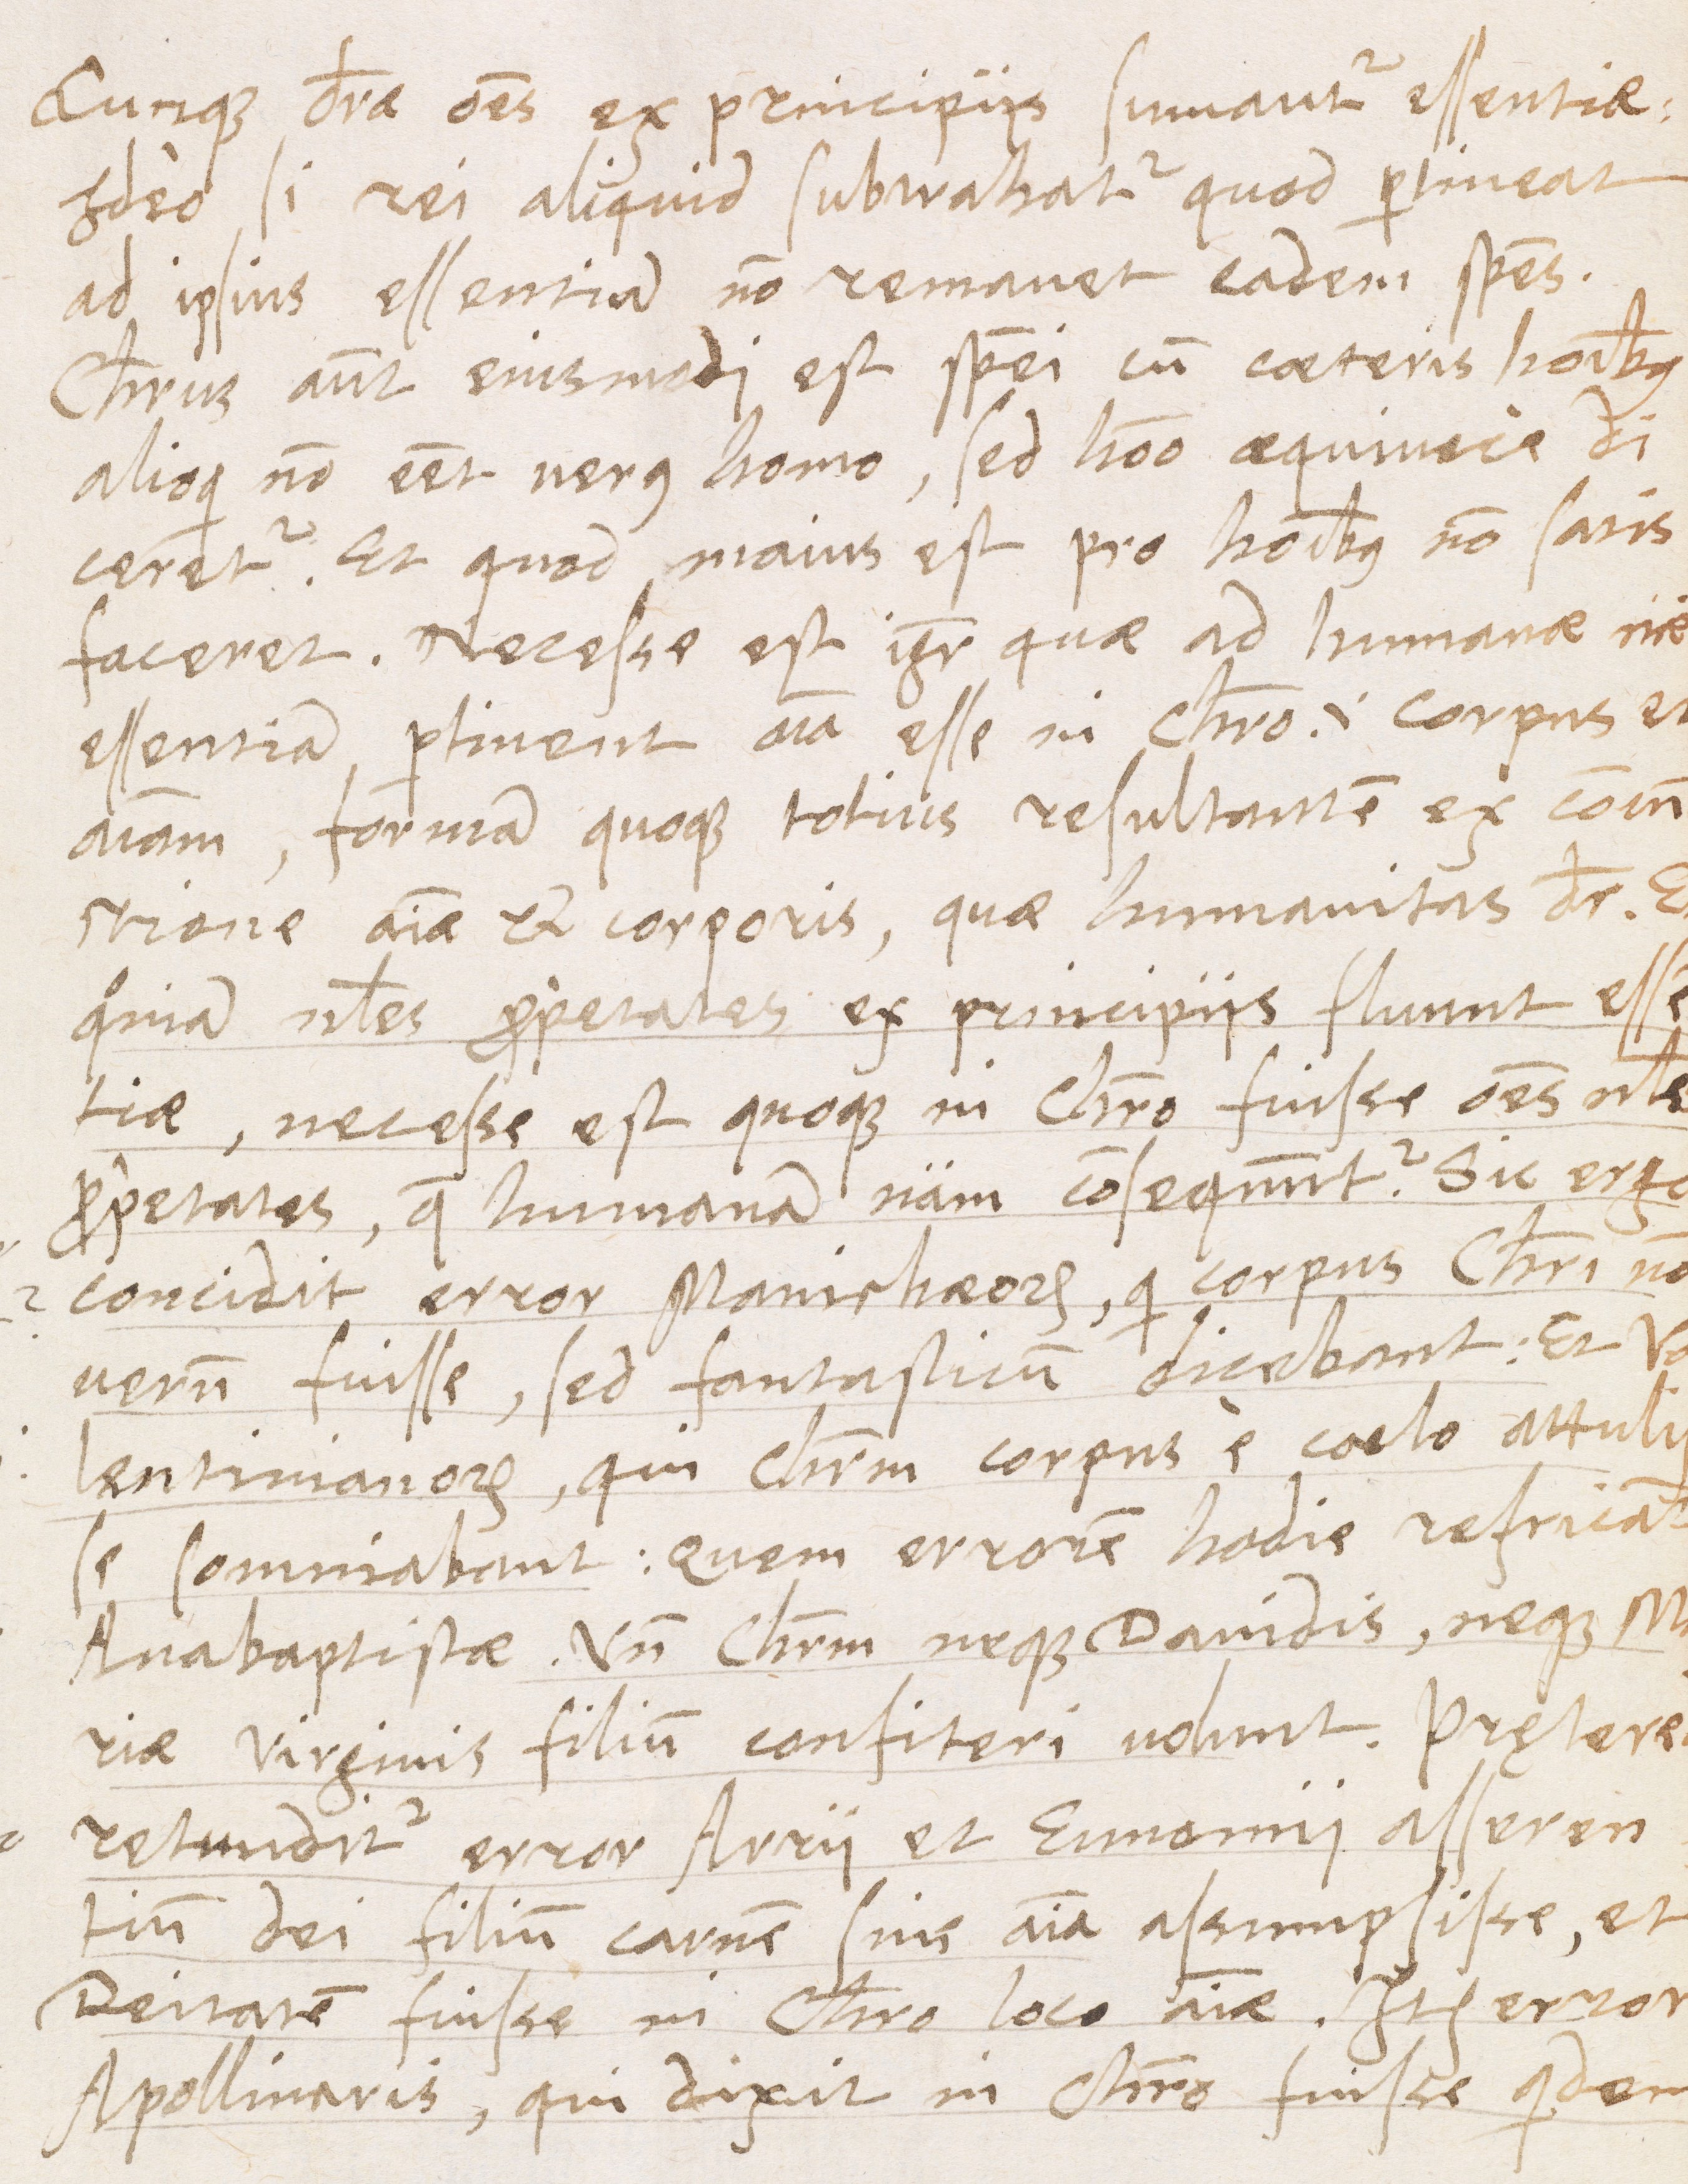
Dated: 1566–1566